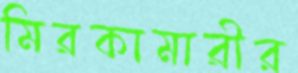
মিরকামারীর